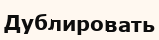
Дублировать